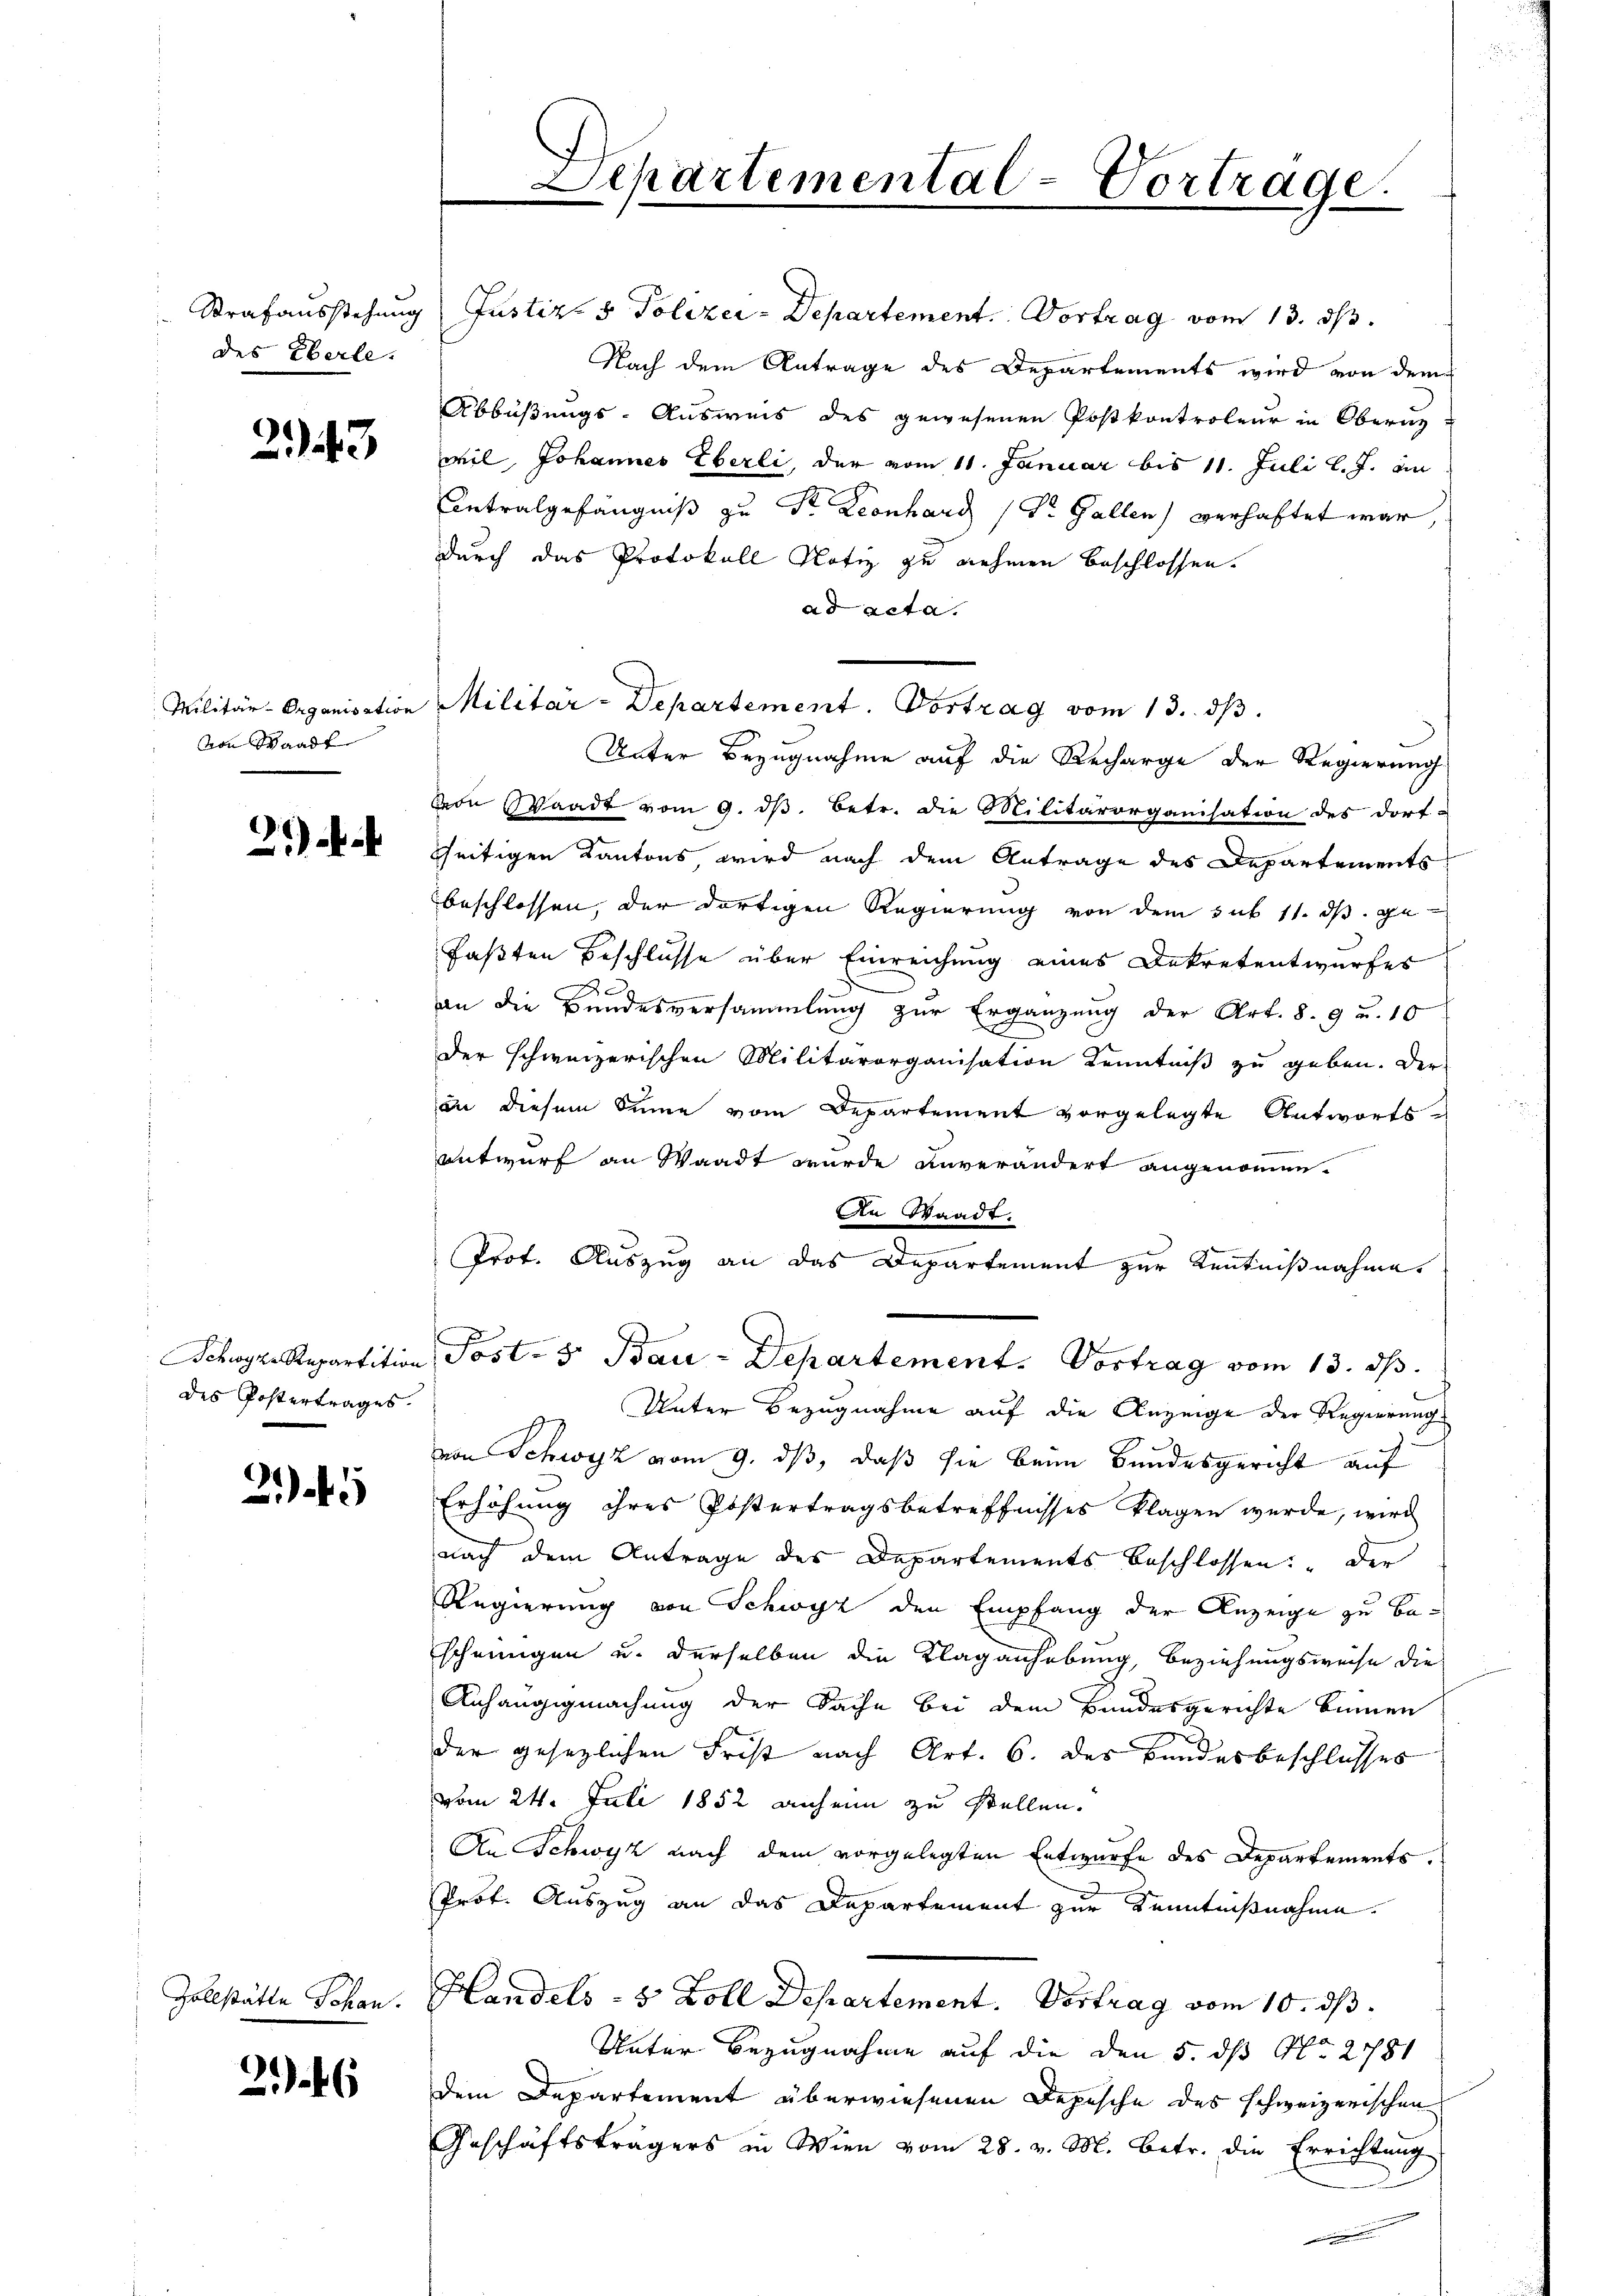
des Eberle.

243

Militär-Organisation
von Waadt

des Postertrages.

2

246

Separtemental-Vortrage.

Strafausstehung Justiz- & Polizei-Departement. Vortrag vom 13. ds.
Nach dem Antrage des Departements wird von dem
Abbüßungs-Ausweis des gewesenen Postkontroleur in Obern
wil, Johannes Eberli, der vom 11. Januar bis 11. Juli l. J. an
Antralgefängniß zu Dr. Leonhard (Dr. Gallen) verhaftet war,
durch das Protokoll Notiz zu nehmen beschlossen.
ad acta.
Unter Bezugnahme auf die Recharge der Regierung
von Waadt vom 9. ds. betr. die Militärorganisation des Dorf-
seitigen Kantons, wird nach dem Antrage des Departements
beschlossen, der dortigen Regierung von dem sub 11. ds. gefaßten Beschlüsse über Einreichung eines Dekretentwurfes
2
an die Bundesversammlung zur Ergänzung der Art. 8. 9 u. 10
Der schweizerischen Militärorganisation Kenntniß zu geben. Der
an diesem Sinne vom Departement vorgelegte Antworts-
entwurf an Waadt wurde unverändert angenommen.
An Waadt.
.
Prot. Auszug an das Departement zur Kenntnißnahme
Schwyz Repartition, Post- 3. Bau-Departement. Vortrag vom 13. ds.
Unter Bezugnahme auf die Anzeige der Regierungs
von Schwyz vom 9. ds, daß sie beim Bundesgericht auf
Erhöhung ihres Postertragsbetreffnisses klagen wurde, wird
nach dem Antrage des Departements beschlossen. Der
Regierung von Schwyz den Empfang der Anzeige zu bescheinigen u. derselben die Klaganhebung, beziehungsweise die
Anhängigmachung der Sache bei dem Bundesgerichte binnen
der gesezlichen Frist nach Art. 6. des Bandesbeschlusses
vom 24. Juli 1852 anheim zu stellen.
An Schwyz nach dem vorgelegten Entwurfe des Departements.
Prof. Auszug an das Departement zur Kenntnißnahme.
Zollstätte Johan. Handels - 5 Zoll Departement. Vertrag vom 10. ds.
d
Unter Bezugnahme auf die den 5. ds No 2781
dem Departement überwiesenen Depesche des schweizerischen
Geschäftsträgers in Wien vom 28. v. M. betr. die Errichtung

Militar-Departement. Vortrag vom 13. dβ.